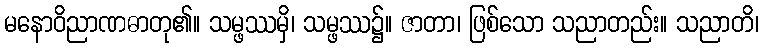
မနောဝိညာဏဓာတု၏။ သမ္ဖဿမှိ၊ သမ္ဖဿ၌။ ဇာတာ၊ ဖြစ်သော သညာတည်း။ သညာတိ၊